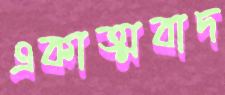
একাত্মবাদ